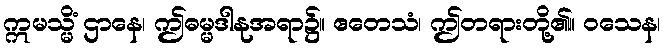
ဣမသ္မိံ ဌာနေ၊ ဤဓမ္မဒါနုအရာ၌။ ဧတေသံ၊ ဤတရားတို့၏။ ဝသေန၊